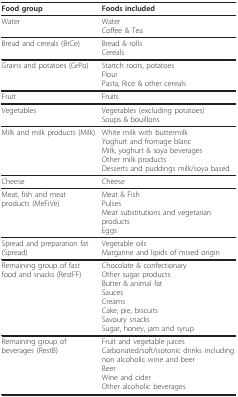
<table><thead><tr><td><b>Food group</b></td><td><b>Foods included</b></td></tr></thead><tbody><tr><td>Water</td><td>WaterCoffee &amp; Tea</td></tr><tr><td>Bread and cereals (BrCe)</td><td>Bread &amp; rollsCereals</td></tr><tr><td>Grains and potatoes (GrPo)</td><td>Startch roots, potatoesFlourPasta, Rice &amp; other cereals</td></tr><tr><td>Fruit</td><td>Fruits</td></tr><tr><td>Vegetables</td><td>Vegetables (excluding potatoes)Soups &amp; bouillons</td></tr><tr><td>Milk and milk products (Milk)</td><td>White milk with buttermilkYoghurt and fromage blancMilk, yoghurt &amp; soya beveragesOther milk productsDesserts and puddings milk/soya based</td></tr><tr><td>Cheese</td><td>Cheese</td></tr><tr><td>Meat, fish and meat products (MeFiVe)</td><td>Meat &amp; FishPulsesMeat substitutions and vegetarian productsEggs</td></tr><tr><td>Spread and preparation fat (Spread)</td><td>Vegetable oilsMargarine and lipids of mixed origin</td></tr><tr><td>Remaining group of fast food and snacks (RestFF)</td><td>Chocolate &amp; confectionaryOther sugar productsButter &amp; animal fatSaucesCreamsCake, pie, biscuitsSavoury snacksSugar, honey, jam and syrup</td></tr><tr><td>Remaining group of beverages (RestB)</td><td>Fruit and vegetable juicesCarbonated/soft/isotonic drinks including non alcoholic wine and beerBeerWine and ciderOther alcoholic beverages</td></tr></tbody></table>